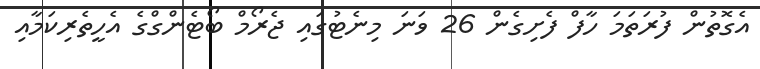
އެގޮތުން ފުރަތަމަ ހާފް ފެށިގެން 26 ވަނަ މިނެޓުގައި ޖެރޯމް ބޯޓެންގްގެ އެހީތެރިކަމާއި